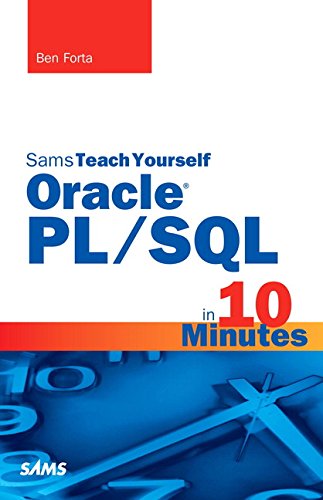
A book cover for Sams Teach Yourself Oracle PL/SQL in 10 Minutes; Ben Forta; Computers & Technology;